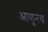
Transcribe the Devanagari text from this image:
आणुनच